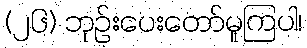
(၂၆) ဘုဉ်းပေးတော်မူကြပါ၊